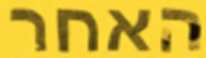
האחר